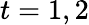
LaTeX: t=1,2